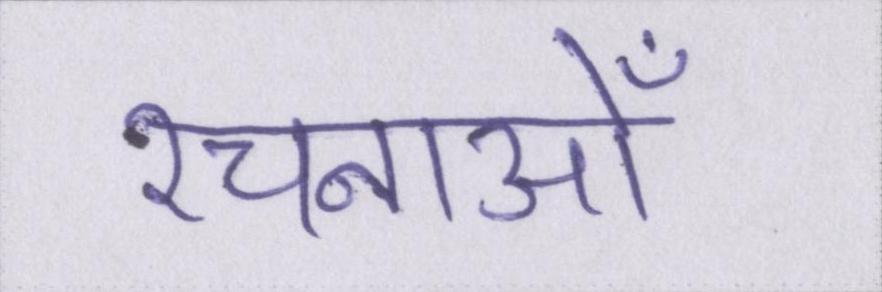
रचनाओँ